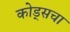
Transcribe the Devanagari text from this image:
कोड्सचा